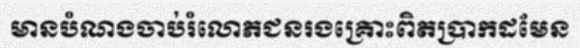
មានបំណងចាប់រំលោភជនរងគ្រោះពិតប្រាកដមែន